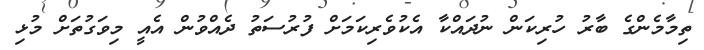
ތިމާމެންގެ ބާރު ހުރިކަން ނުދައްކާ އެކުވެރިކަމަށް ފުރުސަތު ދެއްވުން އެއީ މިވަގުތަށް މުޅި